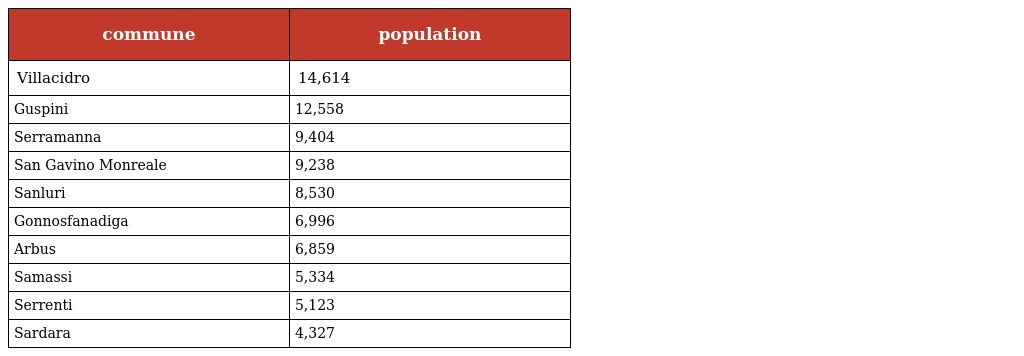
| commune | population |
 | --- | --- |
 | Villacidro | 14,614 |
 | Guspini | 12,558 |
 | Serramanna | 9,404 |
 | San Gavino Monreale | 9,238 |
 | Sanluri | 8,530 |
 | Gonnosfanadiga | 6,996 |
 | Arbus | 6,859 |
 | Samassi | 5,334 |
 | Serrenti | 5,123 |
 | Sardara | 4,327 |